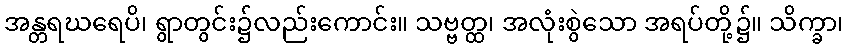
အန္တရဃရေပိ၊ ရွာတွင်း၌လည်းကောင်း။ သဗ္ဗတ္ထ၊ အလုံးစွဲသော အရပ်တို့၌။ သိက္ခာ၊